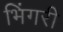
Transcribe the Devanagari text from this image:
भिंगरी